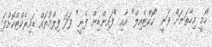
ހޯމީ މިހާތަނަށް ވަނީ "ކޮކްޓެއިލް" އާއި "ފައިންޑިން ފެނީ" ފަދަ ފިލްމުތައް ޑައިރެކްޓްކޮށްފަ